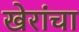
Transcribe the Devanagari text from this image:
खेरांचा